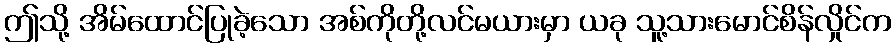
ဤသို့ အိမ်ထောင်ပြုခဲ့သော အစ်ကိုတို့လင်မယားမှာ ယခု သူ့သားမောင်စိန်လှိုင်က